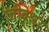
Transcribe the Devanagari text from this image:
जीवेश्वर